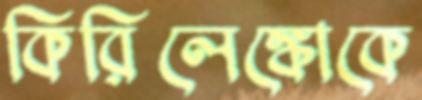
কিরিলেঙ্কোকে